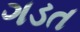
ગડત